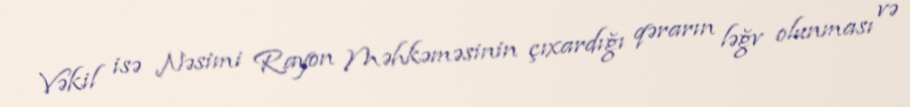
Vəkil isə Nəsimi Rayon Məhkəməsinin çıxardığı qərarın ləğv olunması və